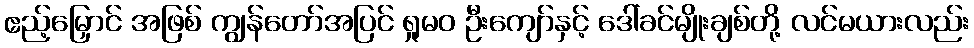
ဧည့်မြှောင် အဖြစ် ကျွန်တော်အပြင် ရှုမဝ ဦးကျော်နှင့် ဒေါ်ခင်မျိုးချစ်တို့ လင်မယားလည်း